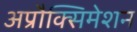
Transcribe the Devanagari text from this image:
अप्रौक्सिमेशन